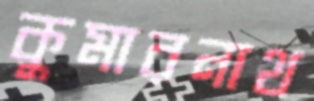
কুমারনাথ